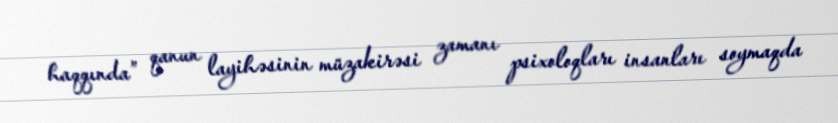
haqqında” qanun layihəsinin müzakirəsi zamanı psixoloqları insanları soymaqda